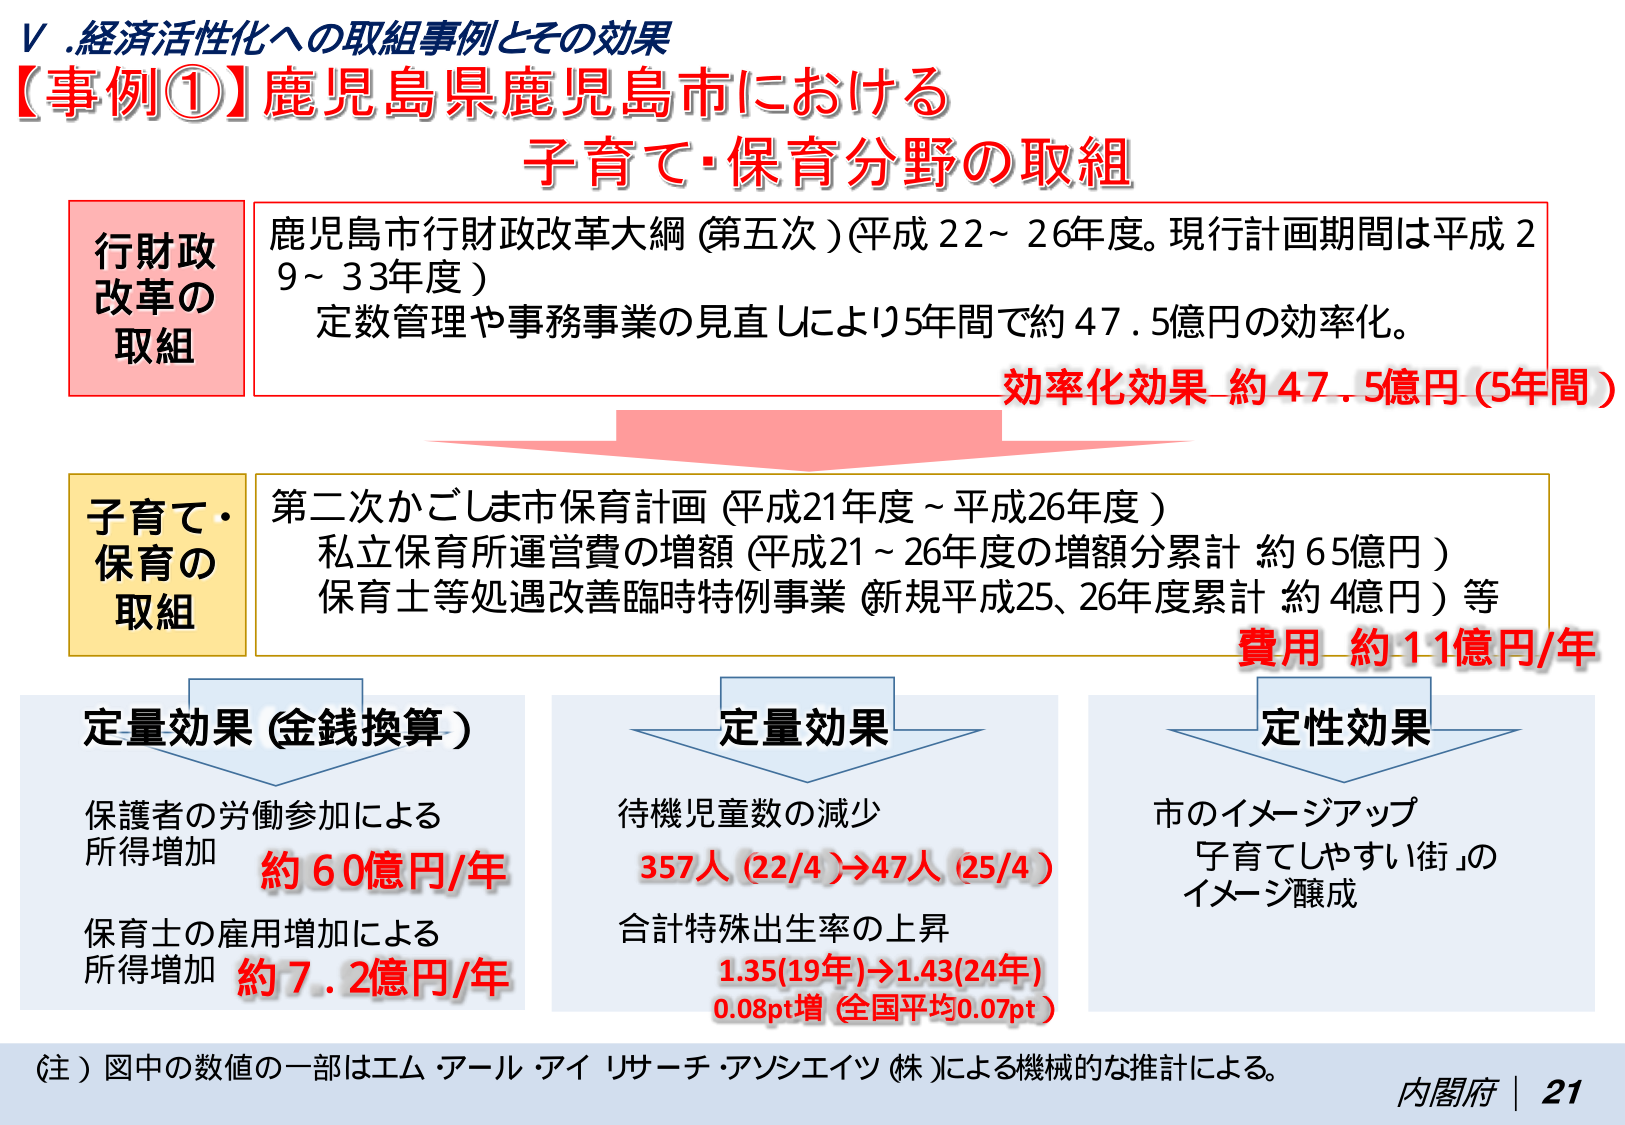
V.経済活性化への取組事例とその効果
【事例①】鹿児島県鹿児島市における
子育て・保育分野の取組

行財政改革の取組
鹿児島市行財政改革大綱（第五次）（平成22～26年度。現行計画期間は平成29～33年度）
定数管理や事務事業の見直しにより5年間で約47.5億円の効率化。
効率化効果 約47.5億円（5年間）

子育て・保育の取組
第二次かごしま市保育計画（平成21年度～平成26年度）
私立保育所運営費の増額（平成21～26年度の増額分累計 約65億円）
保育士等処遇改善臨時特例事業（新規平成25、26年度累計 約4億円）等
費用 約11億円/年

定量効果（金銭換算）
保護者の労働参加による所得増加 約60億円/年
保育士の雇用増加による所得増加 約7.2億円/年

定量効果
待機児童数の減少
357人（22/4）→47人（25/4）
合計特殊出生率の上昇
1.35（19年）→1.43（24年）
0.08pt増（全国平均0.07pt）

定性効果
市のイメージアップ
「子育てしやすい街」のイメージ醸成

（注）図中の数値の一部はエム・アール・アイ リサーチ・アソシエイツ（株）による機械的な推計による。
内閣府 | 21